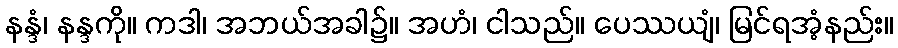
နန္ဒံ၊ နန္ဒကို။ ကဒါ၊ အဘယ်အခါ၌။ အဟံ၊ ငါသည်။ ပေဿယျံ၊ မြင်ရအံ့နည်း။